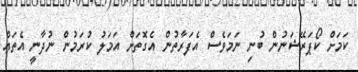
ކަމަށް ކޯޕަރޭޝަނުން ބުނި ނަމަވެސް އެފަރާތުން އެގޮތަށް އަމަލު ކުރަމުން ނުދާނީ އެތައް